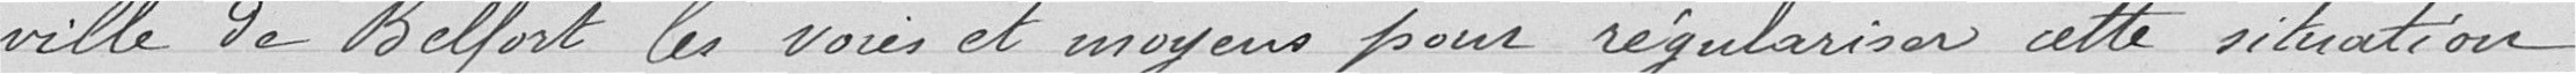
Ville de Belfort les voies et moyens pour régulariser cette situation.